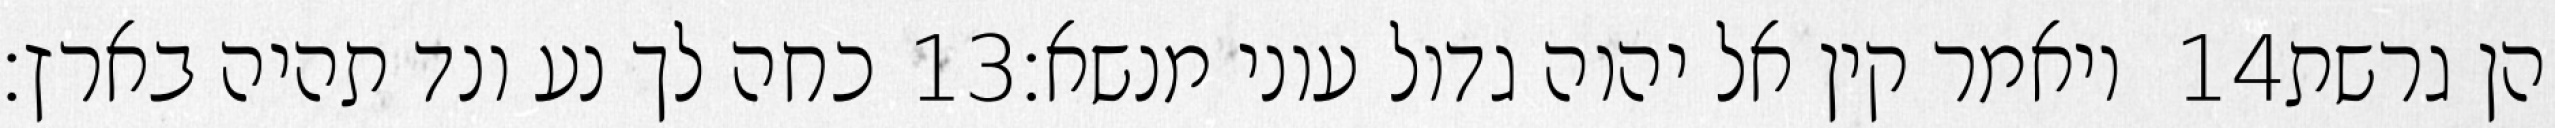
כחה לך נע ונד תהיה בארץ׃ ‎13‏ ויאמר קין אל יהוה גדול עוני מנשא׃ ‎14‏ הן גרשת